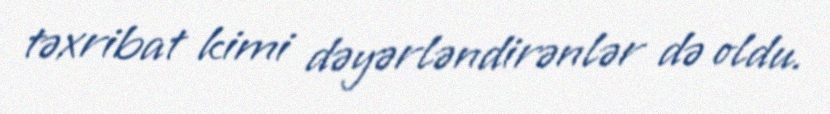
təxribat kimi dəyərləndirənlər də oldu.